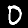
Label: 0